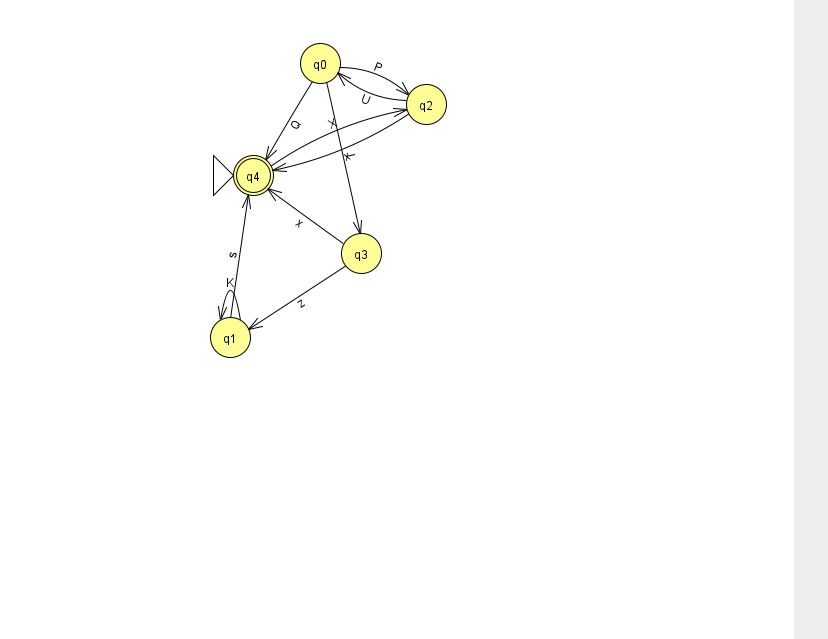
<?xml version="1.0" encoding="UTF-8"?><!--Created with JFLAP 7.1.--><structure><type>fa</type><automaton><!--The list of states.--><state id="0" name="q0"><x>320.0</x><y>50.0</y></state><state id="1" name="q1"><x>230.0</x><y>324.0</y></state><state id="2" name="q2"><x>426.0</x><y>91.0</y></state><state id="3" name="q3"><x>361.0</x><y>240.0</y></state><state id="4" name="q4"><x>253.0</x><y>162.0</y><initial/><final/></state><!--The list of transitions.--><transition><from>3</from><to>1</to><read>z</read></transition><transition><from>2</from><to>4</to><read>x</read></transition><transition><from>4</from><to>2</to><read>X</read></transition><transition><from>0</from><to>4</to><read>Q</read></transition><transition><from>0</from><to>2</to><read>P</read></transition><transition><from>1</from><to>1</to><read>K</read></transition><transition><from>0</from><to>3</to><read>l</read></transition><transition><from>1</from><to>4</to><read>s</read></transition><transition><from>2</from><to>0</to><read>U</read></transition><transition><from>3</from><to>4</to><read>x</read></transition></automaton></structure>